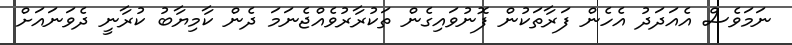
ނަމަވެސް އެއަދަދު އެހެން ފަރާތަކުން ފޮނުވައިގެން ތަކުރާރުވެއްޖެނަމަ ދެން ކާމިޔާބު ކުރާނީ ދެވަނައަށް